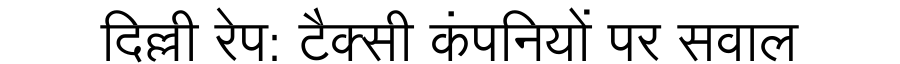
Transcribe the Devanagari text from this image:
दिल्ली रेप: टैक्सी कंपनियों पर सवाल